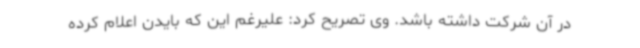
در آن شرکت داشته باشد. وی تصریح کرد: علیرغم این که بایدن اعلام کرده